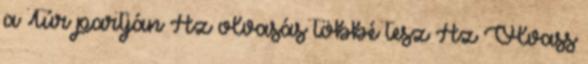
a Túr partján Az olvasás többé tesz Az Olvass